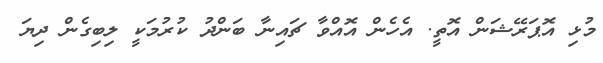
މުޅި އޮޕަރޭޝަން އޮތީ. އެހެން އޮއްވާ ޗައިނާ ބަންދު ކުރުމަކީ ލިބިގެން ދިޔަ